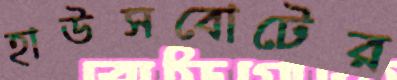
হাউসবোটের